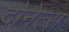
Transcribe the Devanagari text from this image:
दोनेत्स